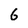
Character: 6